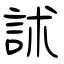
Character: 訹